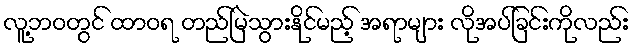
လူ့ဘဝတွင် ထာဝရ တည်မြဲသွားနိုင်မည့် အရာများ လိုအပ်ခြင်းကိုလည်း